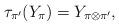
LaTeX: \begin{align*} \tau_{\pi^{\prime}}(Y_{\pi}) = Y_{\pi \otimes \pi^{\prime}},\end{align*}